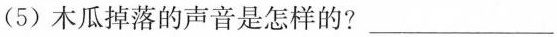
(5) 木瓜掉落的声音是怎样的？___